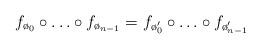
LaTeX: \begin{align*}f_{\o_0}\circ\ldots\circ f_{\o_{n-1}}=f_{\o'_0}\circ\ldots\circ f_{\o'_{n-1}}\end{align*}